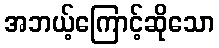
အဘယ့်ကြောင့်ဆိုသော